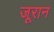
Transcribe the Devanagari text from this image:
जूरान